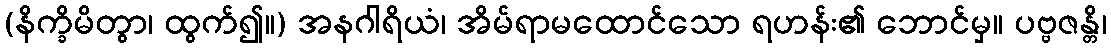
(နိက္ခိမိတွာ၊ ထွက်၍။) အနဂါရိယံ၊ အိမ်ရာမထောင်သော ရဟန်း၏ ဘောင်မှ။ ပဗ္ဗဇန္တိ၊